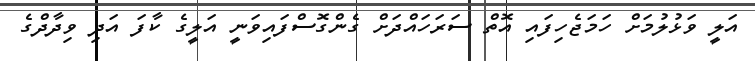
އަލީ ވަޅުލުމަށް ހަމަޖެހިފައި އޮތް ސަރަހައްދަށް ގެންގޮސްފައިވަނީ އަލީގެ ކާފަ އަދި ވިދާދްގެ